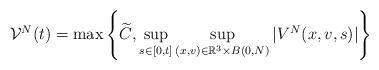
LaTeX: \begin{align*}{\mathcal{V}}^N(t)=\max\left\{ \widetilde C, \sup_{s\in [0,t]}\sup_{(x,v)\in \mathbb{R}^3 \times B(0,N)}|V^N(x,v,s)| \right\} \end{align*}